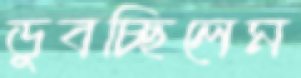
ডুবচ্ছিলেম